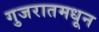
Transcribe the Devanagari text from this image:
गुजरातमधून